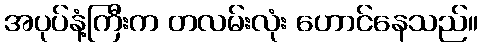
အပုပ်နံ့ကြီးက တလမ်းလုံး ဟောင်နေသည်။